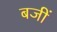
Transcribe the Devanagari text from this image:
बजीं